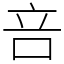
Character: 咅